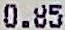
0.85